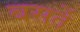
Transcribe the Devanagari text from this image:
बसर्ते